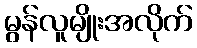
မွန်လူမျိုးအလိုက်